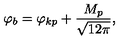
\varphi _ { b } = \varphi _ { k p } + \frac { M _ { p } } { \sqrt { 1 2 \pi } } ,